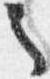
之